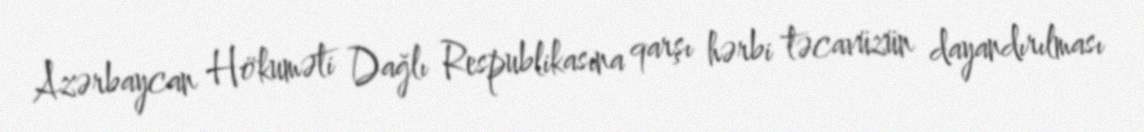
Azərbaycan Hökuməti Dağlı Respublikasına qarşı hərbi təcavüzün dayandırılması